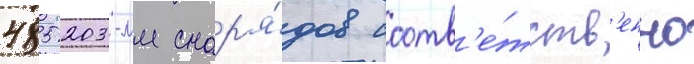
485 203-мм снар'я́дов соотв'е́тств'енно